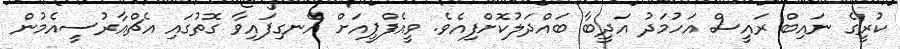
ކުރީގެ ނައިބް ރައީސް އަހުމަދު އަދީބާ ބައްދަލުކޮށްފިއެވެ. ވީއެފްޕީއަށް އެނގިފައިވާ ގޮތުގައި އެޗްއާރުސީއެމުން